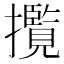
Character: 𭣄